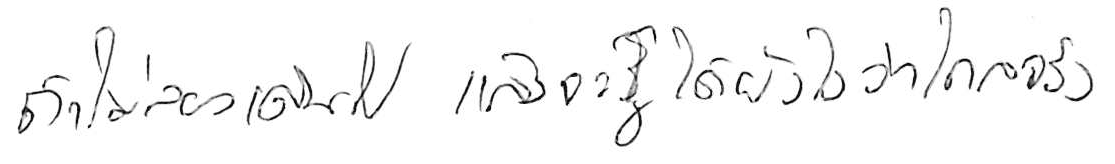
ถ้าไม่ลองเดินไป แล้วจะรู้ได้ยังไงว่าไกลจริง